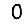
Digit: 0